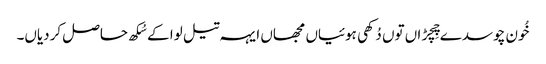
خُون چوسدے چِچڑاں توں دُکھی ہوئیاں مجھاں ایہہ تیل لوا کے سُکھ حاصل کردیاں۔